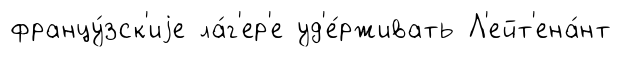
францу́зск'иjе ла́г'ер'е уд'е́рживать Л'ейт'ена́нт